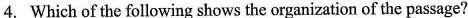
4. Which of the following shows the organization of the pasage?